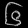
Digit: ၆